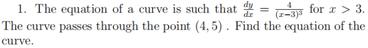
1. The equation of a curve is such that $\frac{dy}{dx}=\frac{4}{(x - 3)^{\frac{3}{2}}}$ for $x>3$. The curve passes through the point $(4,5)$. Find the equation of the curve.